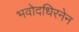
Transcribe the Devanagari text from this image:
भवोदधिरनेन